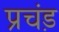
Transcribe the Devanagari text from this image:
प्रचंड़